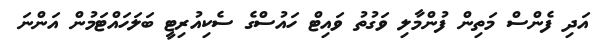
އަދި ފެންސް މަތިން ފުންމާލި ވަގުތު ވައިޓް ހައުސްގެ ސެކިއުރިޓީ ބަލަހައްޓަމުން އަންނަ